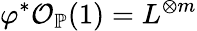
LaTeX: \varphi^{*}{\mathcal{O}}_{\mathbb{P}}(1)=L^{\otimes m}